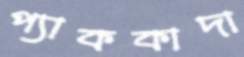
প্যাককাদা